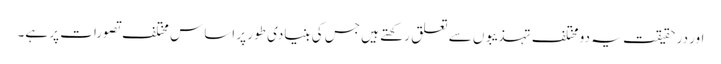
اور در حقیقت یہ دو مختلف تہذیبوں سے تعلق رکھتے ہیں جس کی بنیادی طور پر اساس مختلف تصورات پر ہے۔